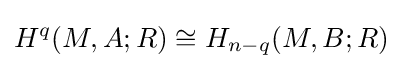
H^{q}(M,A;R)\cong H_{n-q}(M,B;R)